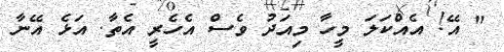
" އޭ! އެއްކަލަ މީހާ މިއަދު ވެސް އެހެރީ އެތާ. އަޅެ އޭނާ